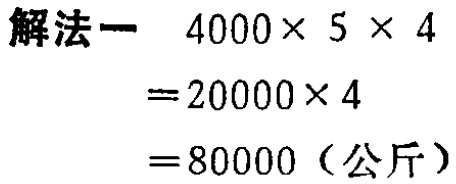
解法一

\[

\begin{align*}

4000\times5\times4&=20000\times4\\

&=80000（公斤）

\end{align*}

\]